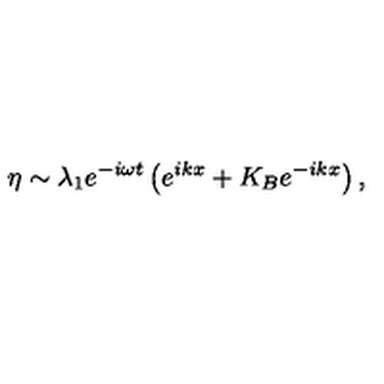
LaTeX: \eta \sim \lambda _ { 1 } e ^ { - i \omega t } \left( e ^ { i k x } + K _ { B } e ^ { - i k x } \right) ,